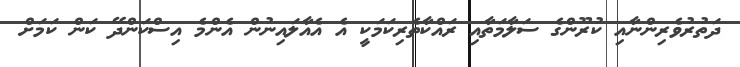
ދަތުރުވެރިންނާއި ކުރޫންގެ ސަލާމަތާއި ރައްކާތެރިކަމަކީ އެ އެއާލައިނުން އެންމެ އިސްކަންދޭ ކަން ކަމަށް